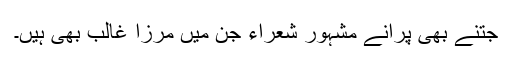
جتنے بھی پرانے مشہور شعراء جن میں مرزا غالب بھی ہیں۔